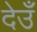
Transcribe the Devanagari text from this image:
देउँ